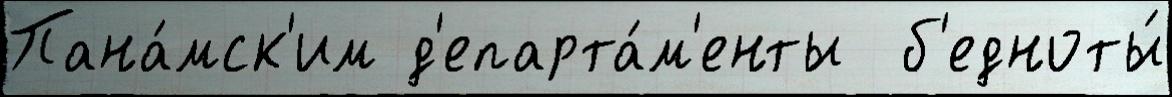
Пана́мск'им д'епарта́м'енты  б'едноты́